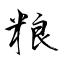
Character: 粮